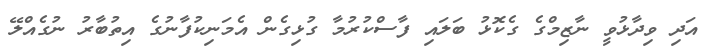
އަދި ވިދާޅުވީ ނާޒިމްގެ ގެކޮޅު ބަލައި ފާސްކުރުމާ ގުޅިގެން އެމަނިކުފާނުގެ އިތުބާރު ނުގެއްލޭ